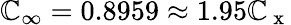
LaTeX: \mathbb{C}_{\infty}=0.8959\approx1.95\mathbb{C}_{\mathrm{{~x~}}}